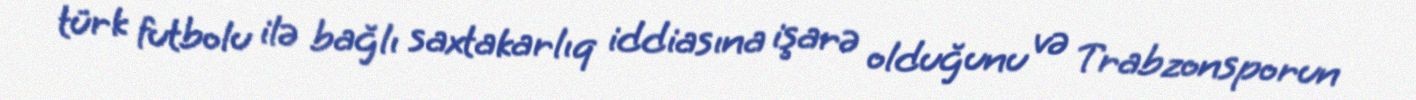
türk futbolu ilə bağlı saxtakarlıq iddiasına işarə olduğunu və Trabzonsporun